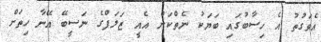
އެވަގުތު އެ ހިސާބުގައި ބަޔަކު ނެތްކަން އެއީ ޒަލަފްގެ ނަސީބޭ އޭނާ ހިތަށް